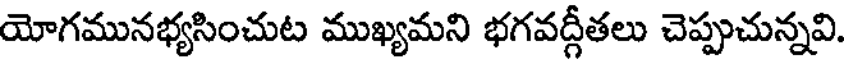
యోగమునభ్యసించుట ముఖ్యమని భగవద్గీతలు చెప్పుచున్నవి.